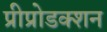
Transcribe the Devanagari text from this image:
प्रीप्रोडक्शन